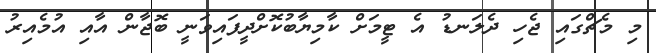
މި މެޗްގައި ޖެހި ދެލަނޑު އެ ޓީމަށް ކާމިޔާބުކޮށްދީފައިވަނީ ބޮޖާން އާއި އުމެއިރު